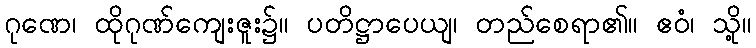
ဂုဏေ၊ ထိုဂုဏ်ကျေးဇူး၌။ ပတိဋ္ဌာပေယျ၊ တည်စေရာ၏။ ဧဝံ၊ သို့။